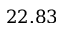
2 2 . 8 3